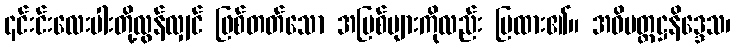
၎င်းင်းလေးပါးတို့လွန်လျှင် ဖြစ်တတ်သော အပြစ်များကိုလည်း ပြထား၏။ အဓိမတ္တဋ္ဌနိဒ္ဒေသ၊